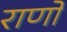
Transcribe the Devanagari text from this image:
राणों